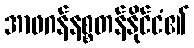
အာဖဂန်နစ္စတန်နိုင်ငံ၏